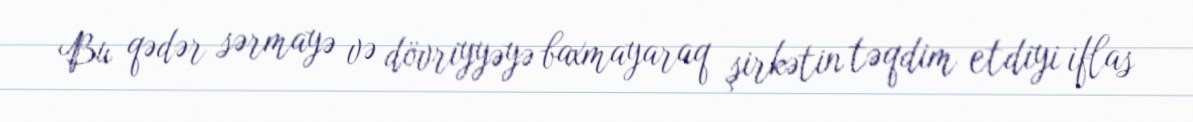
Bu qədər sərmayə və dövriyyəyə baxmayaraq şirkətin təqdim etdiyi iflas